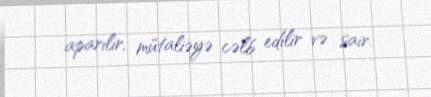
aparılır, mütaliəyə cəlb edilir və sair.